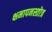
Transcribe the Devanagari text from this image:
क्षमापनस्तोत्र